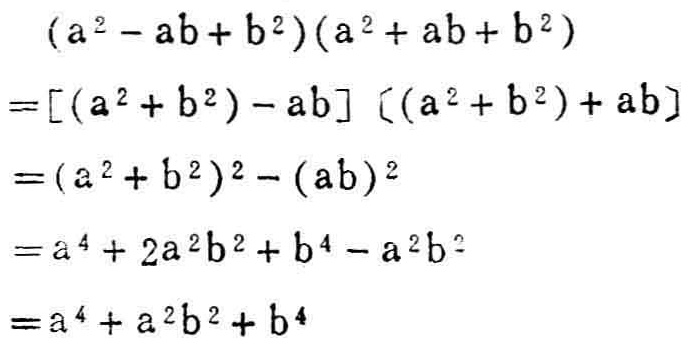
\begin{align*}
&(a^{2}-ab + b^{2})(a^{2}+ab + b^{2})\\
=&[(a^{2}+b^{2})-ab][(a^{2}+b^{2})+ab]\\
=&(a^{2}+b^{2})^{2}-(ab)^{2}\\
=&a^{4}+2a^{2}b^{2}+b^{4}-a^{2}b^{2}\\
=&a^{4}+a^{2}b^{2}+b^{4}
\end{align*}